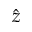
\hat { z }